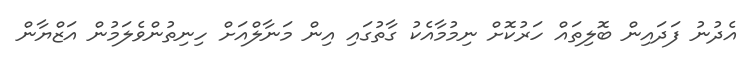
އެދުނު ފަދައިން ބޮލިތައް ހަރުކޮށް ނިމުމާއެކު ގާތުގައި އިން މަނާލްއަށް ހިނިތުންވެލަމުން އަޒްޔާން